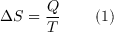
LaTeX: \Delta S = { \frac { Q } { T } } \, \, \, \, \, \, \, \, \, \, \, \, \, ( 1 )